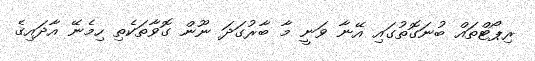
ރިޕޯޓްތައް ބުނަގޮތުގައި އޭނާ ވަނީ މާ ބާރުގަދަ ނޫން ގޮވާތަކެތި ހިމެނޭ އާދައިގެ